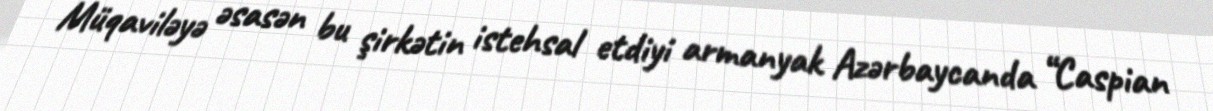
Müqaviləyə əsasən bu şirkətin istehsal etdiyi armanyak Azərbaycanda “Caspian